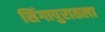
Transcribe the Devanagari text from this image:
सिंगापुरातला